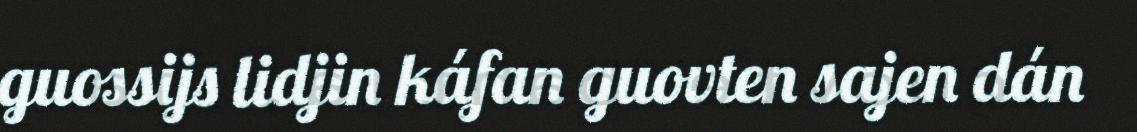
guossijs lidjin káfan guovten sajen dán